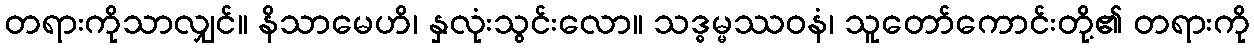
တရားကိုသာလျှင်။ နိသာမေဟိ၊ နှလုံးသွင်းလော။ သဒ္ဓမ္မဿဝနံ၊ သူတော်ကောင်းတို့၏ တရားကို